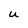
Character: u